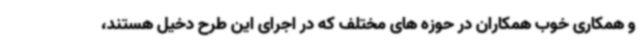
و همکاری خوب همکاران در حوزه های مختلف که در اجرای این طرح دخیل هستند،